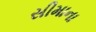
સીમાના